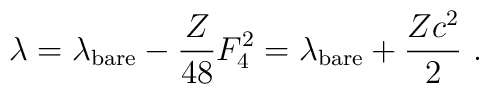
\lambda = \lambda_{\rm bare} - \frac{Z}{48} F_4^2 =\lambda_{\rm bare} + \frac{Zc^2}{2}\ .